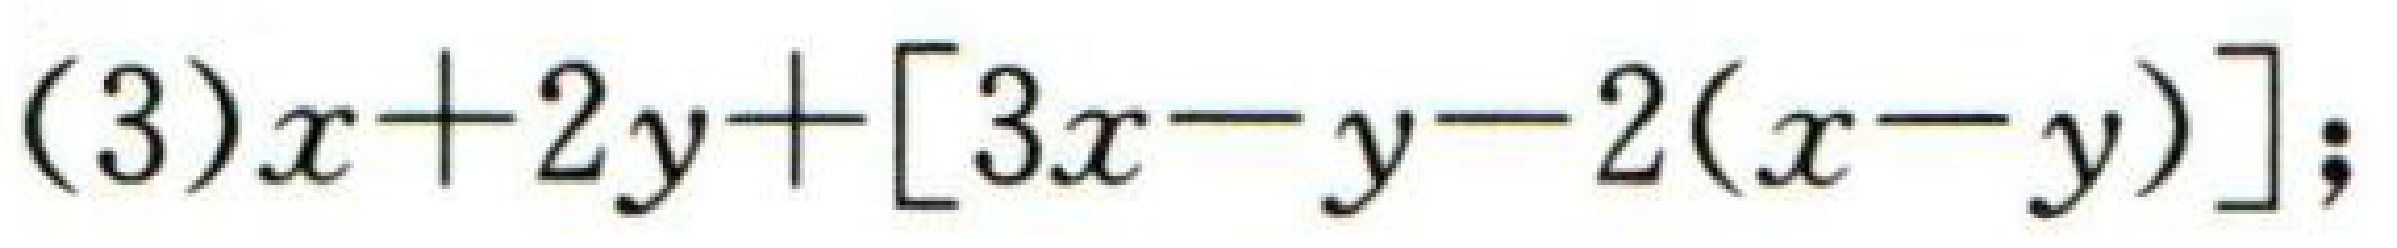
(3)\(x + 2y+[3x - y - 2(x - y)]\);